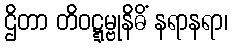
ဌိတာ တိဝဋ္ဋမ္ဗုနိဓိံ နရာနရာ၊